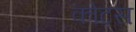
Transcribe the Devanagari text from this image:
कोटस